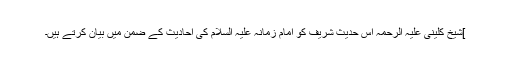
]شیخ کلینی علیہ الرحمہ اس حدیث شریف کو امام زمانہ علیہ السلام کی احادیث کے ضمن میں بیان کرتے ہیں۔